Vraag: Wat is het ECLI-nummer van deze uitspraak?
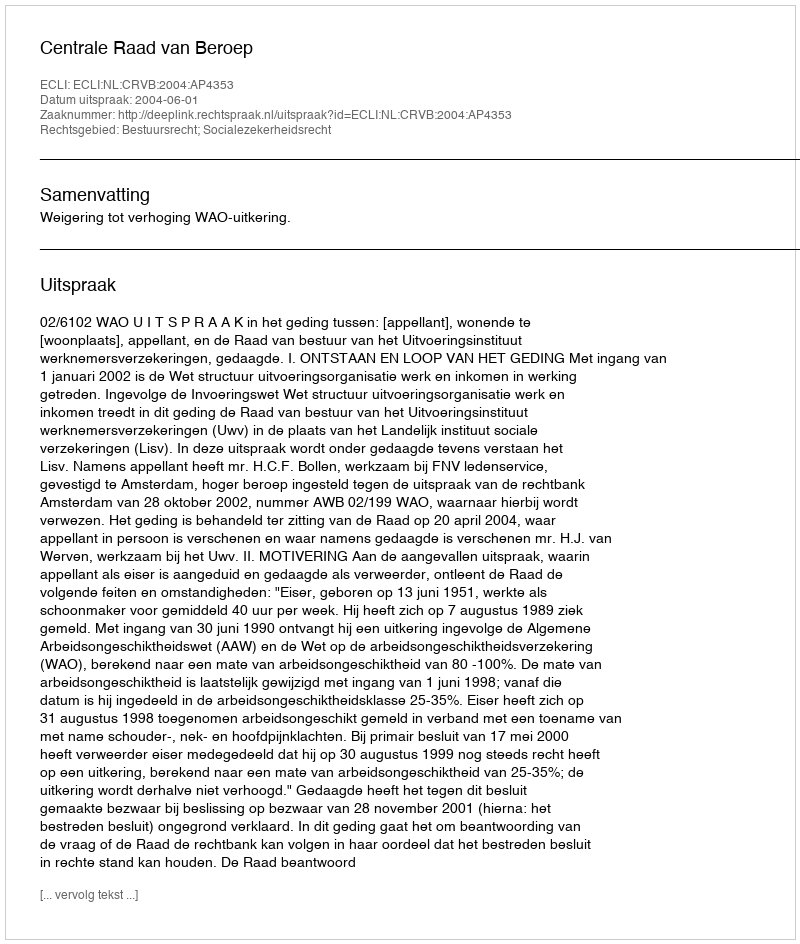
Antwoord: ECLI:NL:CRVB:2004:AP4353